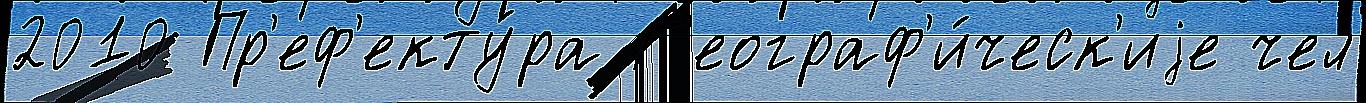
2010 Пр'еф'екту́ра Г'еограф'и́ческ'иjе чел